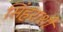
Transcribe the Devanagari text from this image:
सिंहराशी